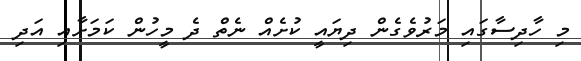
މި ހާދިސާގައި މަރުވެގެން ދިޔައީ ކުށެއް ނެތް ދެ މީހުން ކަމަށާއި އަދި